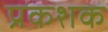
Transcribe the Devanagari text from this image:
प्रकशक